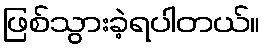
ဖြစ်သွားခဲ့ရပါတယ်။